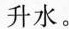
升水。